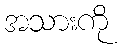
အသားကို